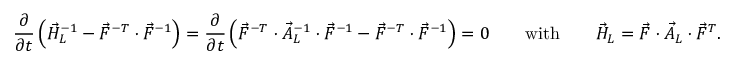
\frac { \partial } { \partial t } \left( \vec { H } _ { L } ^ { - 1 } - \vec { F } ^ { - T } \cdot \vec { F } ^ { - 1 } \right) = \frac { \partial } { \partial t } \left( \vec { F } ^ { - T } \cdot \vec { A } _ { L } ^ { - 1 } \cdot \vec { F } ^ { - 1 } - \vec { F } ^ { - T } \cdot \vec { F } ^ { - 1 } \right) = \boldsymbol { 0 } \qquad \mathrm { w i t h } \qquad \vec { H } _ { L } = \vec { F } \cdot \vec { A } _ { L } \cdot \vec { F } ^ { T } .